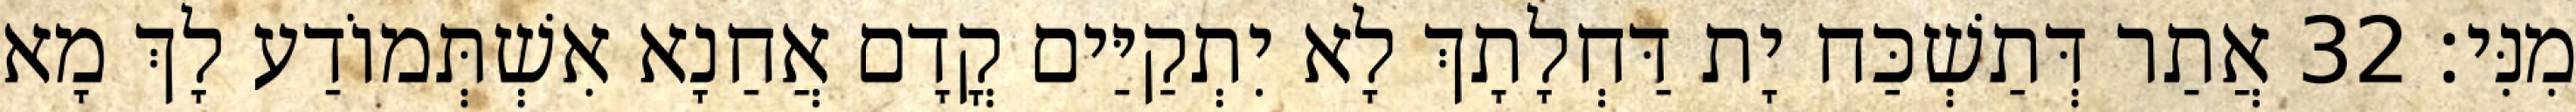
מִנִּי׃ 32 אֲתַר דְּתַשְׁכַּח יָת דַּחְלָתָךְ לָא יִתְקַיַּים קֳדָם אֲחַנָא אִשְׁתְּמוֹדַע לָךְ מָא